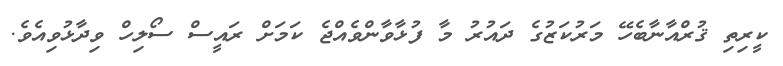
ކީރިތި ޤުރްއާނާބެހޭ މަރުކަޒުގެ ދައުރު މާ ފުޅާވާންވެއްޖެ ކަމަށް ރައީސް ސޯލިހް ވިދާޅުވިއެވެ.